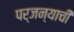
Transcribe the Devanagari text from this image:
पर्जन्याची